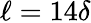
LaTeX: \ell=14\delta